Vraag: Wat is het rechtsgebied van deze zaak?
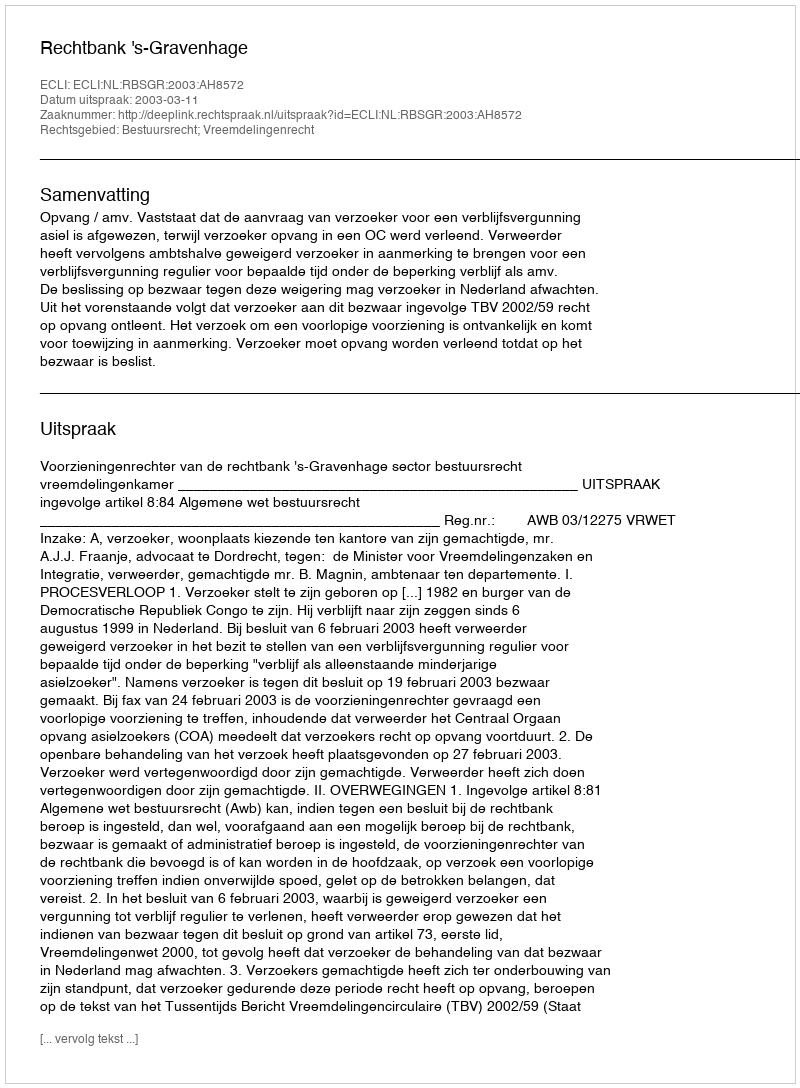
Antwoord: Bestuursrecht; Vreemdelingenrecht